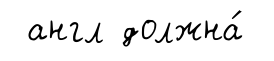
англ должна́